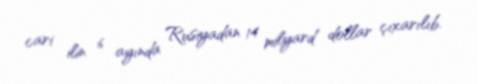
cari ilin 6 ayında Rusiyadan 14 milyard dollar çıxarılıb.